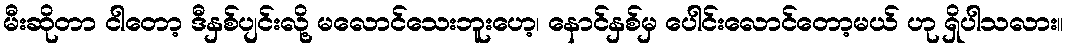
မီးဆိုတာ ငါတော့ ဒီနှစ်ပျင်းလို့ မလောင်သေးဘူးဟေ့၊ နောင်နှစ်မှ ပေါင်းလောင်တော့မယ် ဟု ရှိပါသလား။